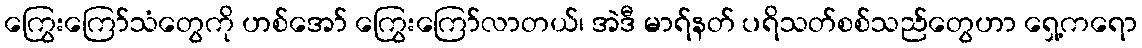
ကြွေးကြော်သံတွေကို ဟစ်အော် ကြွေးကြော်လာတယ်၊ အဲဒီ မာရ်နတ် ပရိသတ်စစ်သည်တွေဟာ ရှေ့ကရော